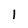
Character: I